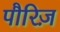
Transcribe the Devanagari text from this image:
पौरिज़